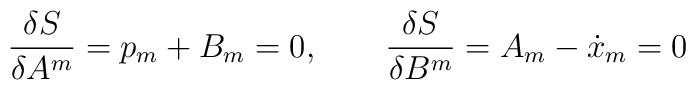
\frac{\delta S}{\delta A^m}=p_m+B_m=0, \qquad\frac{\delta S}{\delta B^m}=A_m-\dot x_m=0